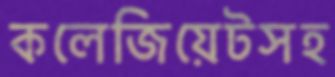
কলেজিয়েটসহ